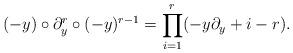
LaTeX: \begin{align*}(-y)\circ\partial^r_y\circ (-y)^{r-1}=\prod_{i=1}^r(-y\partial_y +i-r).\end{align*}